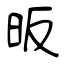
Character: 昄